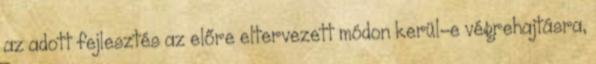
az adott fejlesztés az előre eltervezett módon kerül-e végrehajtásra,